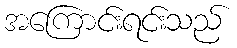
အကြောင်းရင်းသည်